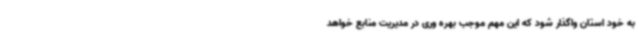
به خود استان واگذار شود که این مهم موجب بهره وری در مدیریت منابع خواهد